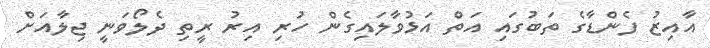
އާއިޒު ފެންޑާގެ ތަބުގައި އަތް އަޅުވާލައިގެން ހުރި އިރު ރީތި ދެލޯވަނީ ޖިލާއަށް